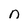
Character: n